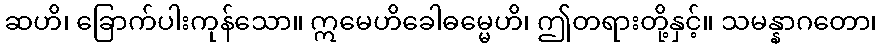
ဆဟိ၊ ခြောက်ပါးကုန်သော။ ဣမေဟိခေါဓမ္မေဟိ၊ ဤတရားတို့နှင့်။ သမန္နာဂတော၊